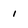
Character: 1